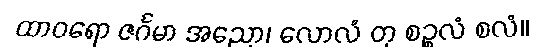
ထာဝရော ဇင်္ဂမာ အညော၊ လောလံ တု စဉ္စလံ စလံ။